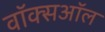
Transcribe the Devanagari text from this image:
वॉक्सऑल